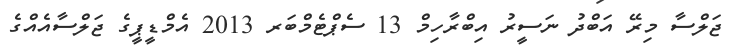
ޖަލްސާ މިރޭ އަބްދު ނަސީރު އިބްރާހިމް 13 ސެޕްޓެމްބަރ 2013 އެމްޑީޕީގެ ޖަލްސާއެއްގެ